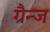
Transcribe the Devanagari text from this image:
ग्रैन्ज